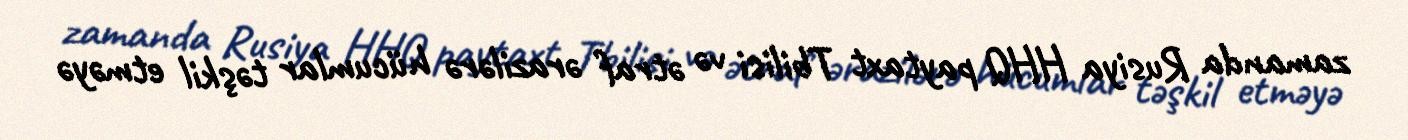
zamanda Rusiya HHQ paytaxt Tbilisi və ətraf ərazilərə hücumlar təşkil etməyə